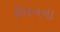
રોમનના